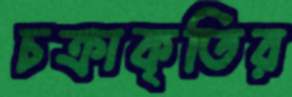
চক্রাকৃতির